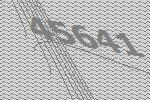
45641